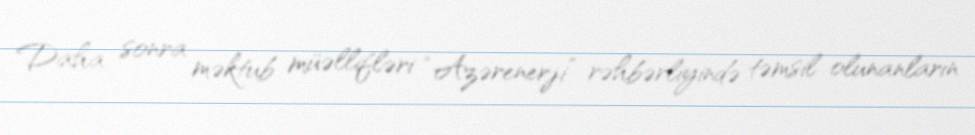
Daha sonra məktub müəllifləri “Azərenerji” rəhbərliyində təmsil olunanların